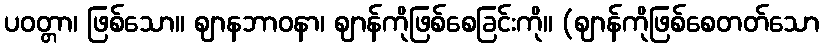
ပဝတ္တာ၊ ဖြစ်သော။ ဈာနဘာဝနာ၊ ဈာန်ကိုဖြစ်စေခြင်းကို။ (ဈာန်ကိုဖြစ်စေတတ်သော